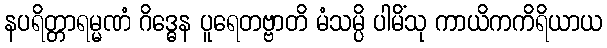
နပရိတ္တာရမ္မဏံ ဂိဒ္ဓေန ပူရေတဗ္ဗာတိ မံသမ္ပိ ပါမိံသု ကာယိကကိရိယာယ